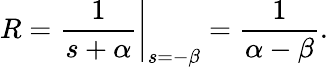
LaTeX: R=\left.{\frac{1}{s+\alpha}}\right|_{s=-\beta}={\frac{1}{\alpha-\beta}}.